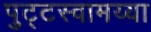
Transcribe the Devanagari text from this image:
पुट्टस्वामय्या